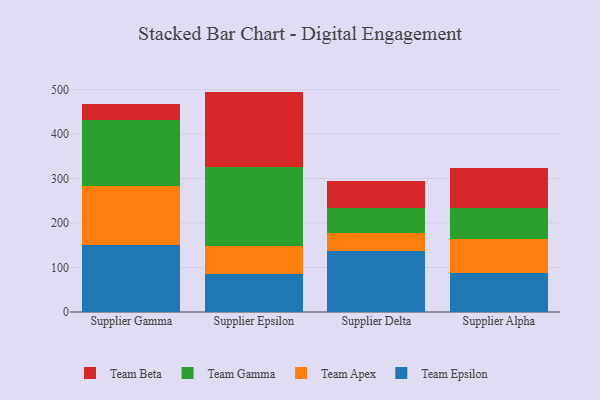
{"axis": {"x": "Supplier", "y": "Shipments"}, "legend": ["Team Apex", "Team Beta", "Team Epsilon", "Team Gamma"], "data": [{"x": "Supplier Gamma", "y": 149.6, "type": "Team Epsilon"}, {"x": "Supplier Gamma", "y": 133.6, "type": "Team Apex"}, {"x": "Supplier Gamma", "y": 149.4, "type": "Team Gamma"}, {"x": "Supplier Gamma", "y": 34.2, "type": "Team Beta"}, {"x": "Supplier Epsilon", "y": 84.8, "type": "Team Epsilon"}, {"x": "Supplier Epsilon", "y": 63.4, "type": "Team Apex"}, {"x": "Supplier Epsilon", "y": 178.0, "type": "Team Gamma"}, {"x": "Supplier Epsilon", "y": 169.2, "type": "Team Beta"}, {"x": "Supplier Delta", "y": 137.3, "type": "Team Epsilon"}, {"x": "Supplier Delta", "y": 40.2, "type": "Team Apex"}, {"x": "Supplier Delta", "y": 57.1, "type": "Team Gamma"}, {"x": "Supplier Delta", "y": 59.4, "type": "Team Beta"}, {"x": "Supplier Alpha", "y": 87.3, "type": "Team Epsilon"}, {"x": "Supplier Alpha", "y": 77.4, "type": "Team Apex"}, {"x": "Supplier Alpha", "y": 68.2, "type": "Team Gamma"}, {"x": "Supplier Alpha", "y": 91.3, "type": "Team Beta"}]}